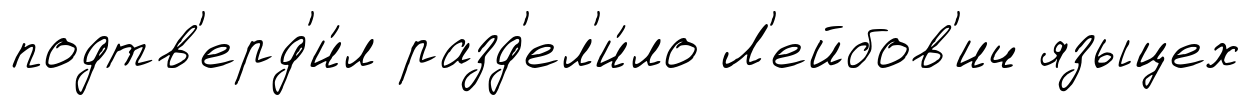
подтв'ерд'и́л разд'ел'и́ло Л'ейбов'ич языцех